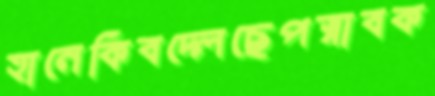
হানেকিবদ্‌লেছেপস্নাবক